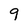
Character: 9